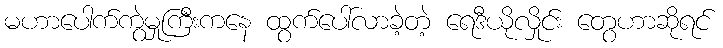
မဟာပေါက်ကွဲမှုကြီးကနေ ထွက်ပေါ်လာခဲ့တဲ့ ရေဒီယိုလှိုင်း တွေဟာဆိုရင်